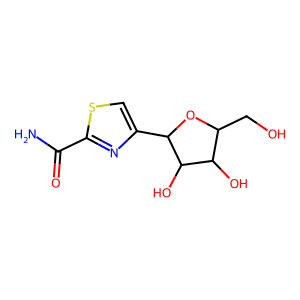
SMILES: NC(=O)c1nc(C2OC(CO)C(O)C2O)cs1
Inhibits HIV replication: No